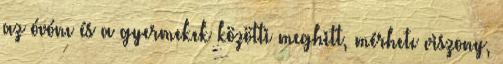
az óvónı és a gyermekek közötti meghitt, mérhetı viszony,